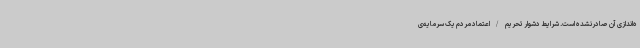
ه‌اندازی آن صادرنشده است. شرایط دشوار تحریم /اعتماد مردم یک سرمایه‌ی